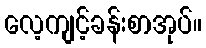
လေ့ကျင့်ခန်းစာအုပ်။